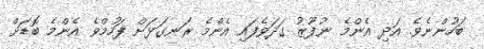
ބަހުންނެވެ. އަދި އެންމެ ނުފޫޒު ގަދަވެފައި އެންމެ ރަނގަޅަށް ފަހުމްވެ އެންމެ ބޮޑަށް